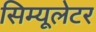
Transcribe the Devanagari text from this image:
सिम्यूलेटर